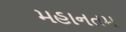
મહાનતમ